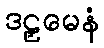
ဒဠှမေနံ